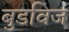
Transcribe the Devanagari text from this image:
बुडविज